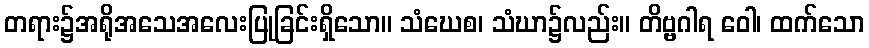
တရား၌အရိုအသေအလေးပြုခြင်းရှိသော။ သံဃေစ၊ သံဃာ၌လည်း။ တိဗ္ဗဂါရ ဝေါ၊ ထက်သော